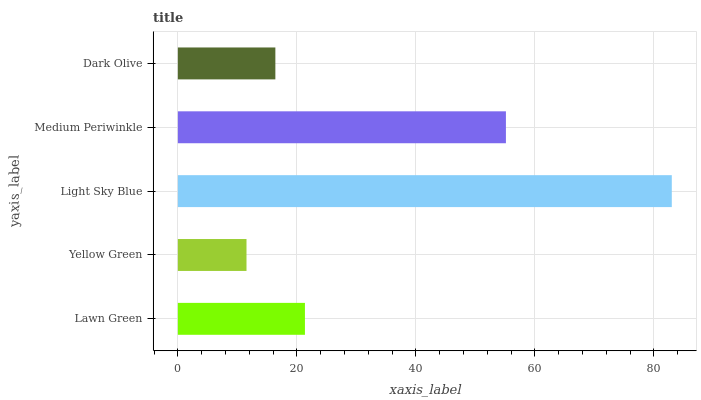
| yaxis_label | bars |
 | --- | --- |
 | Lawn Green | 21.4 |
 | Yellow Green | 11.5 |
 | Light Sky Blue | 83 |
 | Medium Periwinkle | 55.1 |
 | Dark Olive | 16.4 |